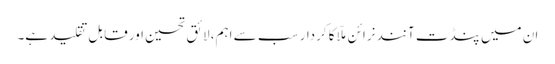
ان میں پنڈت آنند نرائن ملّا کا کردار سب سے اہم، لائق تحسین اور قابل تقلید ہے۔